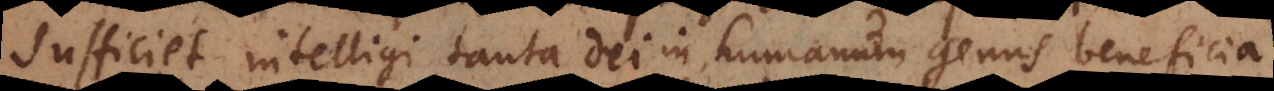
Sufficiet intelligi tanta Dei in humanum genus beneficia